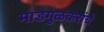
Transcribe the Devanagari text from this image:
माडगुळकरांचे